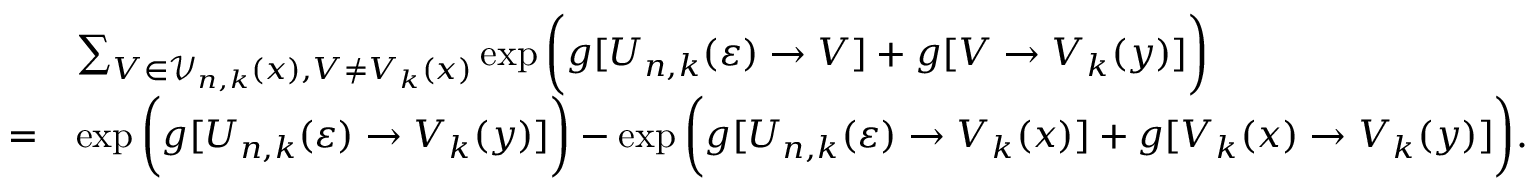
\begin{array} { r l } & { \sum _ { V \in \mathcal { V } _ { n , k } ( x ) , V \neq V _ { k } ( x ) } \exp \bigg ( g [ U _ { n , k } ( \varepsilon ) \to V ] + g [ V \to V _ { k } ( y ) ] \bigg ) } \\ { = } & { \exp \bigg ( g [ U _ { n , k } ( \varepsilon ) \to V _ { k } ( y ) ] \bigg ) - \exp \bigg ( g [ U _ { n , k } ( \varepsilon ) \to V _ { k } ( x ) ] + g [ V _ { k } ( x ) \to V _ { k } ( y ) ] \bigg ) . } \end{array}